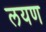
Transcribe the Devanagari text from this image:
लयण